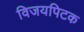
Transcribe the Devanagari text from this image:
विजयपिटक